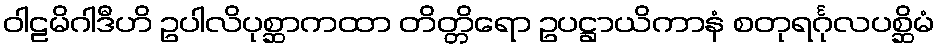
ဝါဠမိဂါဒီဟိ ဥပါလိပုစ္ဆာကထာ တိတ္တိရော ဥပဋ္ဌာယိကာနံ စတုရင်္ဂုလပစ္ဆိမံ